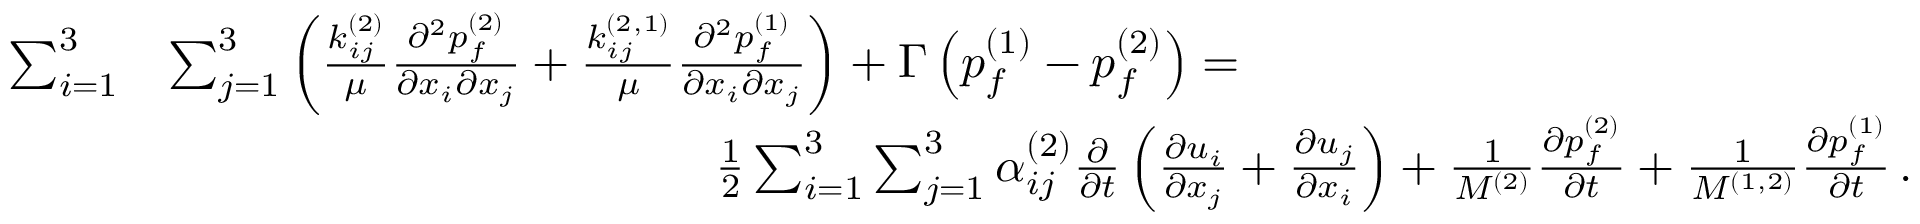
\begin{array} { r l } { \sum _ { i = 1 } ^ { 3 } } & { \sum _ { j = 1 } ^ { 3 } \left( \frac { k _ { i j } ^ { ( 2 ) } } { \mu } \frac { \partial ^ { 2 } { p _ { f } ^ { ( 2 ) } } } { \partial { x _ { i } } \partial { x _ { j } } } + \frac { k _ { i j } ^ { ( 2 , 1 ) } } { \mu } \frac { \partial ^ { 2 } { p _ { f } ^ { ( 1 ) } } } { \partial { x _ { i } } \partial { x _ { j } } } \right) + \Gamma \left( p _ { f } ^ { ( 1 ) } - p _ { f } ^ { ( 2 ) } \right) = \hphantom { X X X X X X X X X X X X X } } \\ & { \hphantom { X X X X X X X X X X X X X } \frac { 1 } { 2 } \sum _ { i = 1 } ^ { 3 } \sum _ { j = 1 } ^ { 3 } \alpha _ { i j } ^ { ( 2 ) } \frac { \partial } { \partial { t } } \left( \frac { \partial { u _ { i } } } { \partial { x _ { j } } } + \frac { \partial { u _ { j } } } { \partial { x _ { i } } } \right) + \frac { 1 } { M ^ { ( 2 ) } } \frac { \partial { p _ { f } ^ { ( 2 ) } } } { \partial { t } } + \frac { 1 } { M ^ { ( 1 , 2 ) } } \frac { \partial { p _ { f } ^ { ( 1 ) } } } { \partial { t } } \, . } \end{array}